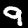
Digit: 9